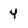
Character: 4